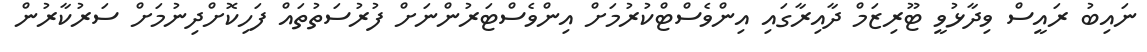
ނައިބު ރައީސް ވިދާޅުވީ ޓޫރިޒަމް ދާއިރާގައި އިންވެސްޓްކުރުމަށް އިންވެސްޓަރުންނަށް ފުރުސަތުތައް ފަހިކޮށްދިނުމަށް ސަރުކާރުން